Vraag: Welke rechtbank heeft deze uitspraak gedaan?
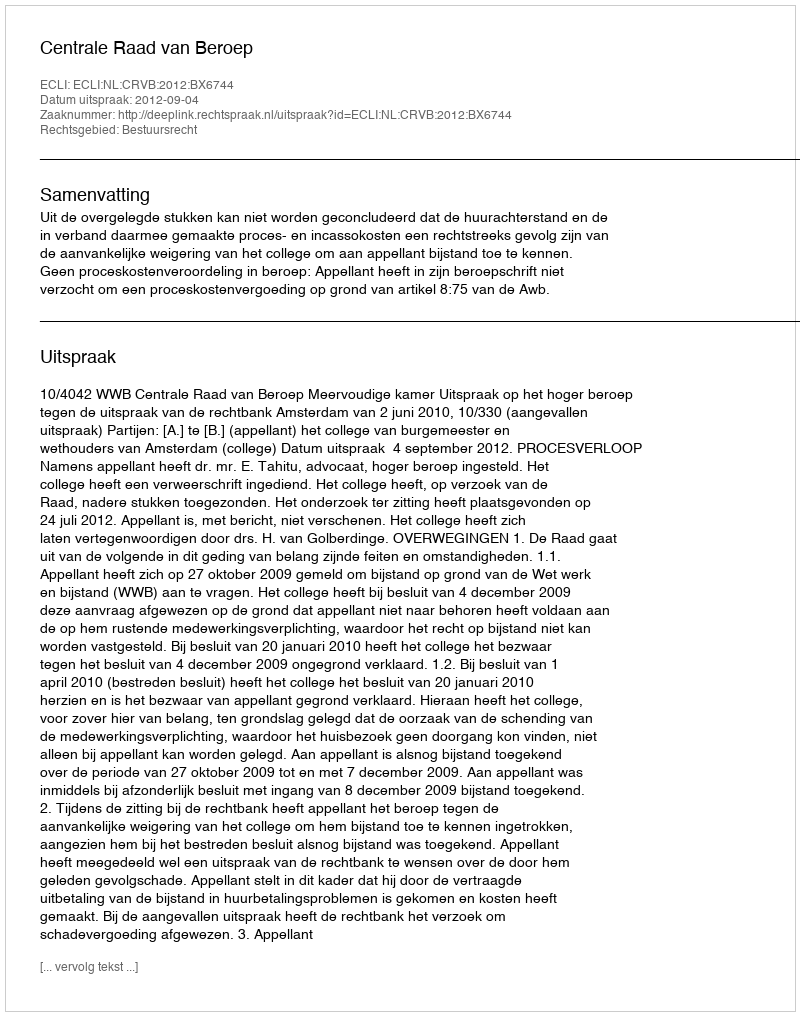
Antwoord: Centrale Raad van Beroep